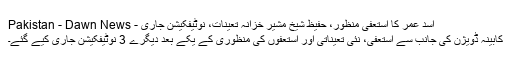
اسد عمر کا استعفیٰ منظور، حفیظ شیخ مشیر خزانہ تعینات، نوٹیفکیشن جاری - Pakistan - Dawn News
کابینہ ڈویژن کی جانب سے استعفیٰ، نئی تعیناتی اور استعفوں کی منظوری کے یکے بعد دیگرے 3 نوٹیفکیشن جاری کیے گئے۔